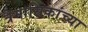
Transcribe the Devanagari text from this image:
त्रैमासिकांच्या